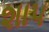
શા૫